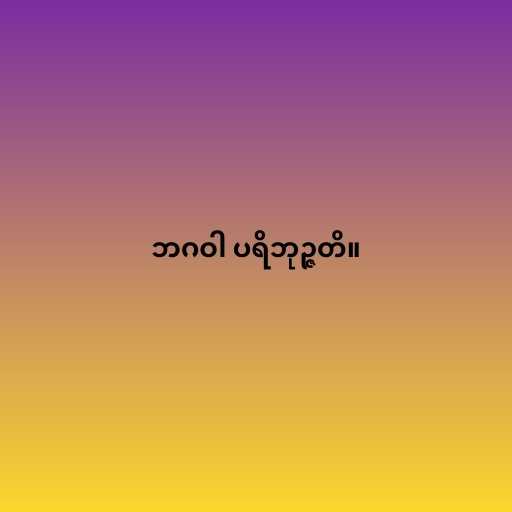
ဘဂဝါ ပရိဘုဉ္ဇတိ။